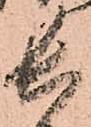
長